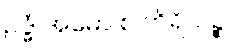
ဥဒ္ဓံ အဓော စ တိရိယဉ္စ၊